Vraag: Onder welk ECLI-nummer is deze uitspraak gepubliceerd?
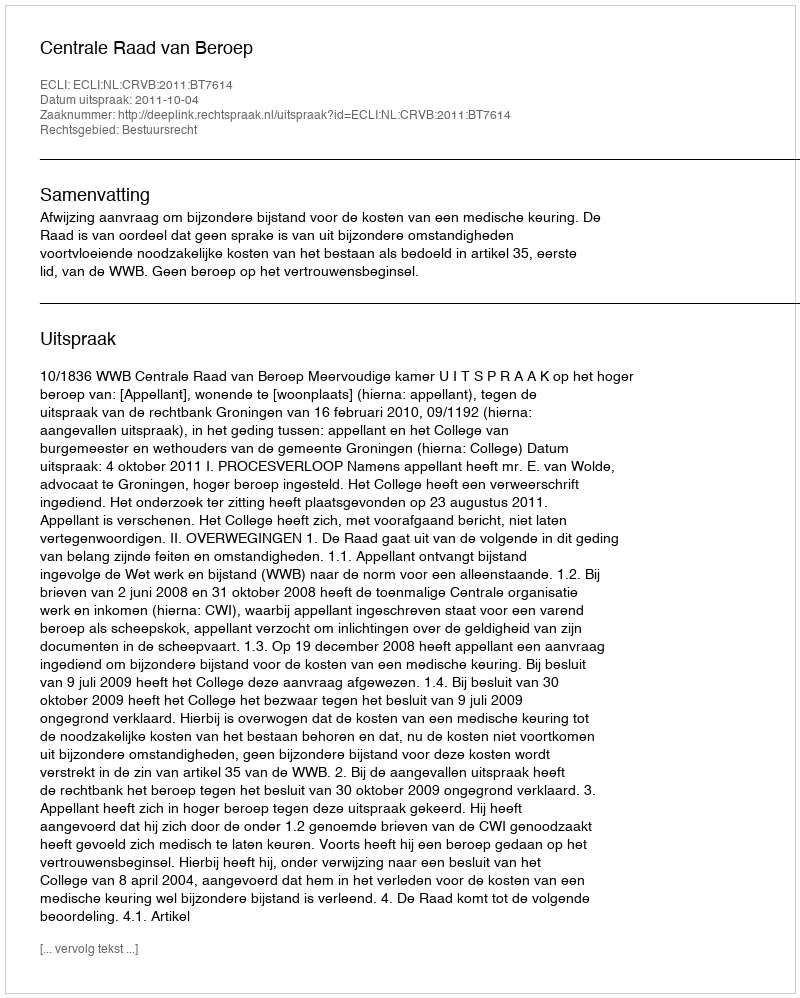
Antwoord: ECLI:NL:CRVB:2011:BT7614